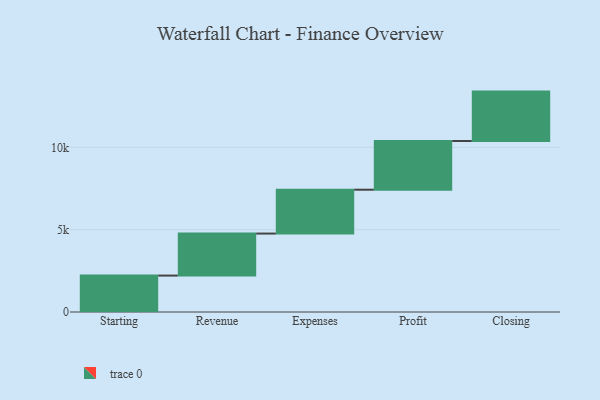
{"axis": {"x": "Step", "y": "Value"}, "legend": [""], "data": [{"x": "Starting", "y": 2212.0, "type": ""}, {"x": "Revenue", "y": 2552.0, "type": ""}, {"x": "Expenses", "y": 2663.0, "type": ""}, {"x": "Profit", "y": 2959.0, "type": ""}, {"x": "Closing", "y": 3000, "type": ""}]}